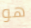
هو